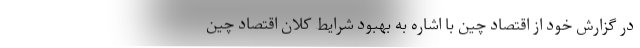
در گزارش خود از اقتصاد چین با اشاره به بهبود شرایط کلان اقتصاد چین